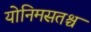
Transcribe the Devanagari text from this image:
योनिमसतश्च